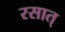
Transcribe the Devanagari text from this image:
रसात्